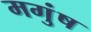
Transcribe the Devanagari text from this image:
मगुंष